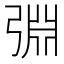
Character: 𢏮